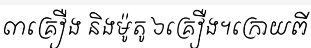
៣គ្រឿង និងម៉ូតូ ៦គ្រឿង។ក្រោយពី